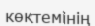
көктемінің